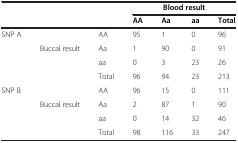
<table><thead><tr><td colspan="3"><b> </b></td><td colspan="4"><b>Blood result</b></td></tr><tr><td><b> </b></td><td><b> </b></td><td><b> </b></td><td><b>AA</b></td><td><b>Aa</b></td><td><b>aa</b></td><td><b>Total</b></td></tr></thead><tbody><tr><td>SNP A</td><td> </td><td>AA</td><td>95</td><td>1</td><td>0</td><td>96</td></tr><tr><td> </td><td>Buccal result</td><td>Aa</td><td>1</td><td>90</td><td>0</td><td>91</td></tr><tr><td> </td><td> </td><td>aa</td><td>0</td><td>3</td><td>23</td><td>26</td></tr><tr><td> </td><td> </td><td>Total</td><td>96</td><td>94</td><td>23</td><td>213</td></tr><tr><td>SNP B</td><td> </td><td>AA</td><td>96</td><td>15</td><td>0</td><td>111</td></tr><tr><td> </td><td>Buccal result</td><td>Aa</td><td>2</td><td>87</td><td>1</td><td>90</td></tr><tr><td> </td><td> </td><td>aa</td><td>0</td><td>14</td><td>32</td><td>46</td></tr><tr><td> </td><td> </td><td>Total</td><td>98</td><td>116</td><td>33</td><td>247</td></tr></tbody></table>